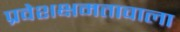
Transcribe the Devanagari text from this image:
प्रवेशक्षमतावाला